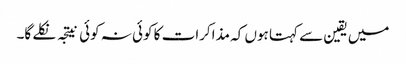
میں یقین سے کہتا ہوں کہ مذاکرات کا کوئی نہ کوئی نیتجہ نکلے گا۔